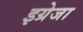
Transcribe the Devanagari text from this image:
इग्रेजा